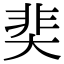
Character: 奜